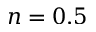
n = 0 . 5